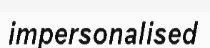
impersonalised